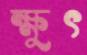
ক্ষুৎ